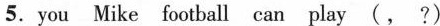
5.you Mike football can play (, ?)